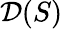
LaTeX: {\mathcal{D}}(S)